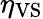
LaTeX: \eta_{\mathrm{VS}}